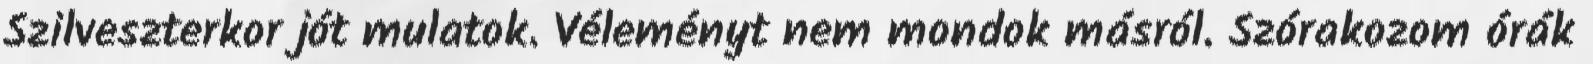
Szilveszterkor jót mulatok. Véleményt nem mondok másról. Szórakozom órák